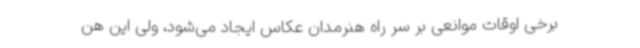
برخی اوقات موانعی بر سر راه هنرمدان عکاس ایجاد می‌شود، ولی این هن